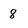
Character: 8